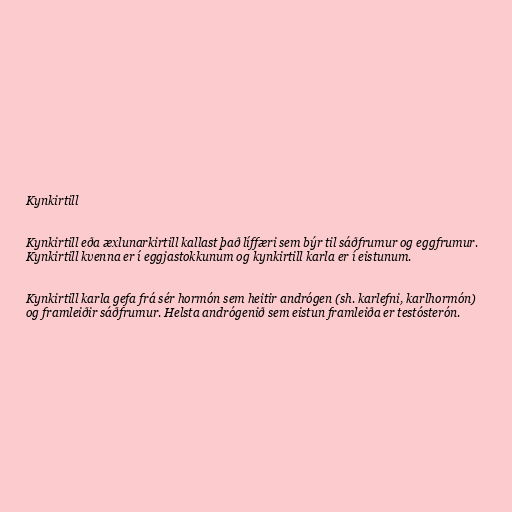
Kynkirtill

Kynkirtill eða æxlunarkirtill kallast það líffæri sem býr til sáðfrumur og eggfrumur.
Kynkirtill kvenna er í eggjastokkunum og kynkirtill karla er í eistunum.

Kynkirtill karla gefa frá sér hormón sem heitir andrógen (sh. karlefni, karlhormón)
og framleiðir sáðfrumur. Helsta andrógenið sem eistun framleiða er testósterón.